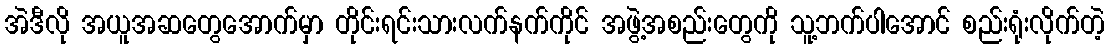
အဲဒီလို အယူအဆတွေအောက်မှာ တိုင်းရင်းသားလက်နက်ကိုင် အဖွဲ့အစည်းတွေကို သူ့ဘက်ပါအောင် စည်းရုံးလိုက်တဲ့